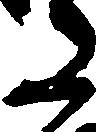
た